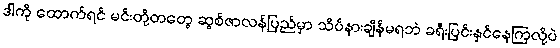
ဒါကို ထောက်ရင် မင်းတို့တတွေ ဆွစ်ဇာလန်ပြည်မှာ သိပ်နားချိန်မရဘဲ ခရီးပြင်းနှင်နေကြလို့ပဲ